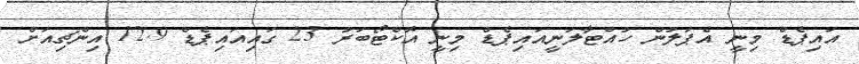
އައިޕެޑް މިނީ އެޕަލުން ހުއްޓާލަނީއައިޕެޑް މިނީ އޮކްޓޯބަރު 23 ގައިއައިޕެޑް 12.9 އިންޗިއަށް